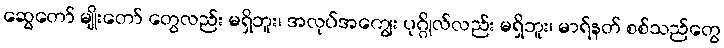
ဆွေတော် မျိုးတော် တွေလည်း မရှိဘူး၊ အလုပ်အကျွေး ပုဂ္ဂိုလ်လည်း မရှိဘူး၊ မာရ်နတ် စစ်သည်တွေ